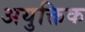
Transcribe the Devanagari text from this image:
अयुक्तिक